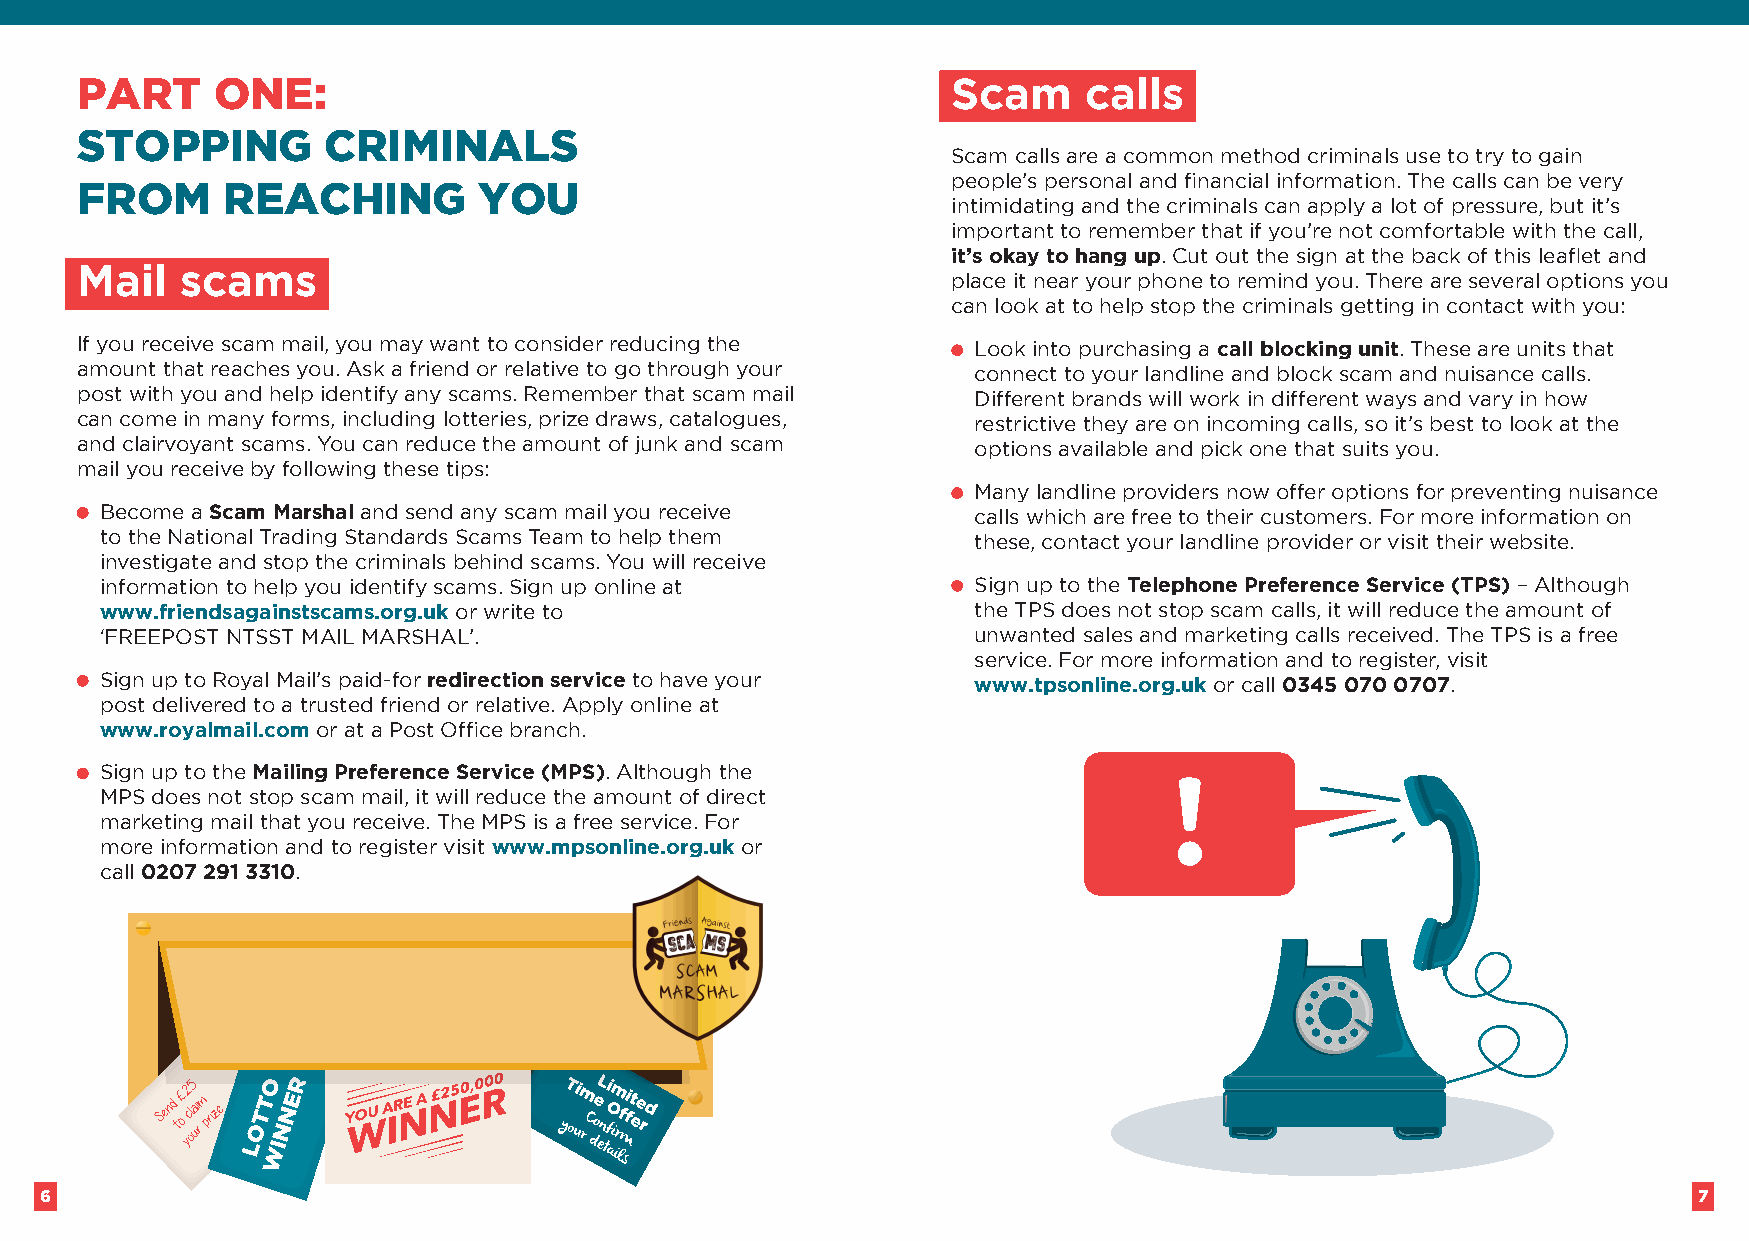
PART     ONE:                                             Scam     calls
 STOPPING        CRIMINALS
 Scam calls are a common method criminals use to try to gain
 people’s personal and financial information. The calls can be very
 FROM      REACHING         YOU
 intimidating and the criminals can apply a lot of pressure, but it’s
 important to remember that if you’re not comfortable with the call,
 it’s okay to hang up. Cut out the sign at the back of this leaflet and
 Mail   scams
 place it near your phone to remind you. There are several options you
 can look at to help stop the criminals getting in contact with you:
 If you receive scam mail, you may want to consider reducing the L ook into purchasing a call blocking unit. These are units that
 amount that reaches you. Ask a friend or relative to go through your connect to your landline and block scam and nuisance calls.
 post with you and help identify any scams. Remember that scam mail Different brands will work in different ways and vary in how
 can come in many forms, including lotteries, prize draws, catalogues, restrictive they are on incoming calls, so it’s best to look at the
 and clairvoyant scams. You can reduce the amount of junk and scam options available and pick one that suits you.
 mail you receive by following these tips:
 M any landline providers now offer options for preventing nuisance
 Become a Scam Marshal and send any scam mail you receive calls which are free to their customers. For more information on
 to the National Trading Standards Scams Team to help them these, contact your landline provider or visit their website.
 investigate and stop the criminals behind scams. You will receive
 information to help you identify scams. Sign up online at S ign up to the Telephone Preference Service (TPS) – Although
 www.friendsagainstscams.org.uk or write to               the TPS does not stop scam calls, it will reduce the amount of
 ‘FREEPOST NTSST MAIL MARSHAL’.                           unwanted sales and marketing calls received. The TPS is a free
 service. For more information and to register, visit
 S ign up to Royal Mail’s paid-for redirection service to have your www.tpsonline.org.uk or call 0345 070 0707.
 post delivered to a trusted friend or relative. Apply online at
 www.royalmail.com or at a Post Office branch.
 S ign up to the Mailing Preference Service (MPS). Although the
 MPS does not stop scam mail, it will reduce the amount of direct
 marketing mail that you receive. The MPS is a free service. For
 more information and to register visit www.mpsonline.org.uk or
 call 0207 291 3310.
 6                                                                                                            7